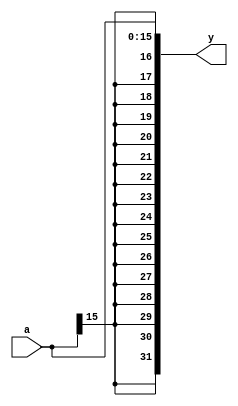
// This program was cloned from: https://github.com/lvyufeng/step_into_mips
// License: MIT License

`timescale 1ns / 1ps
//////////////////////////////////////////////////////////////////////////////////
// Company: 
// Engineer: 
// 
// Design Name: 
// Module Name: signext
// Project Name: 
// Target Devices: 
// Tool Versions: 
// Description: 
// 
// Dependencies: 
// 
// Revision:
// Revision 0.01 - File Created
// Additional Comments:
// 
//////////////////////////////////////////////////////////////////////////////////


module signext(
	input wire[15:0] a,
	output wire[31:0] y
    );

	assign y = {{16{a[15]}},a};
endmodule